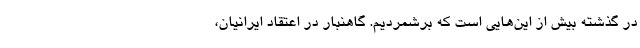
در گذشته بیش از این‌هایی است که برشمردیم. گاهنبار در اعتقاد ایرانیان،